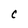
Character: C